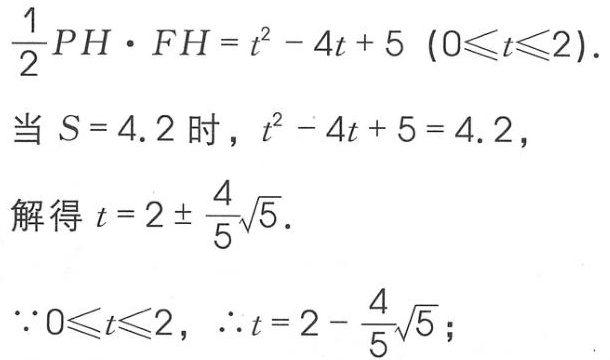
\[\frac{1}{2}PH\cdot FH = t^{2}-4t + 5\ (0\leqslant t\leqslant2).\]
当 \(S = 4.2\) 时，\(t^{2}-4t + 5 = 4.2\)，
解得 \(t = 2\pm\frac{4}{5}\sqrt{5}\).
\(\because0\leqslant t\leqslant2\)，\(\therefore t = 2-\frac{4}{5}\sqrt{5}\)；